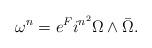
LaTeX: \begin{align*}\omega^n = e^F i^{n^2}\Omega \wedge \bar\Omega.\end{align*}